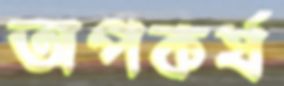
অপকর্ষ